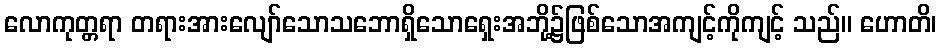
လောကုတ္တရာ တရားအားလျော်သောသဘောရှိသောရှေးအဘို့၌ဖြစ်သောအကျင့်ကိုကျင့် သည်။ ဟောတိ၊